画像に写った文字を読んでください
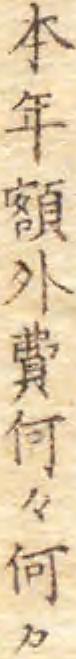
「本年額外費何々何々」と書いてあります